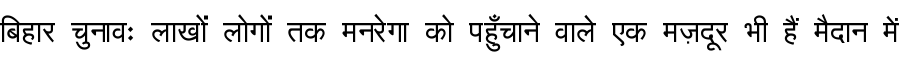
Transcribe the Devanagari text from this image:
बिहार चुनावः लाखों लोगों तक मनरेगा को पहुँचाने वाले एक मज़दूर भी हैं मैदान में